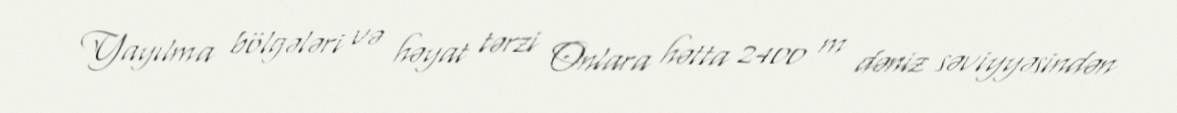
Yayılma bölgələri və həyat tərzi Onlara hətta 2400 m dəniz səviyyəsindən